Newspaper: Marshall County Republican.
Place of publication: Plymouth, Ind.
Publisher: I. Mattingly
Date: 1860-12-06 00:00:00
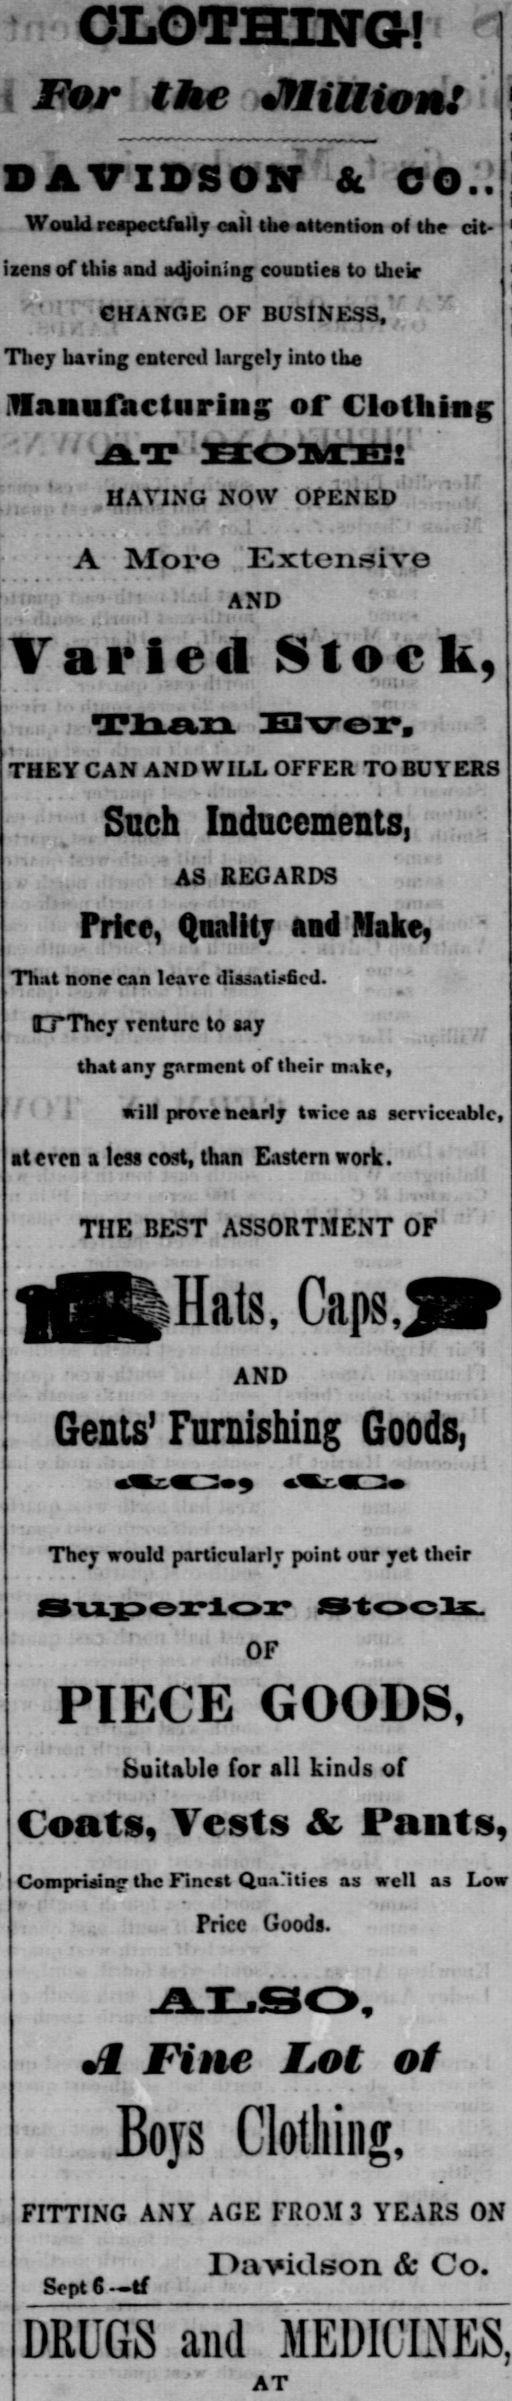
Advertisement text (OCR):
CLOTHING! For the Million: DAVIDSON & CO.. Would respectfully call the attention of the cit izens of this and adjoining counties to their CHANGE OF BUSINESS, They haying entered largely into the Manufacturing or Clothing HAVING NOW OPENED A More Extensive AND Varied Stock, THEY CAN AND WILL OFFER TO BUYERS Such Inducements, AS REGARDS Price, Quality and Make That none can lcarc dissatisfied. ILTThey venture to say that any garment of their make, w ill prove nearly twice as serviceable, at even a less cost, than Eastern work. THE BEST ASSORTMENT OF Hats, Caps, AND Gents' Furnishing Goods, LZ2m9 mm They would particularly point our yet their OF PIECE GOODS, Suitable for all kinds of Coats, Vests & Pants, Comprwinj' the Finest Qualities as well as Low Price Goods. A Fine Lot of Boys Clothing, FITTING ANY AGE FROM 3 YEARS ON Iaviclfcson & Co. fcept b -mm . .an . a nPTT-lS oii1 Af rTIHf 1T W.S AT 3
Label: illustrations